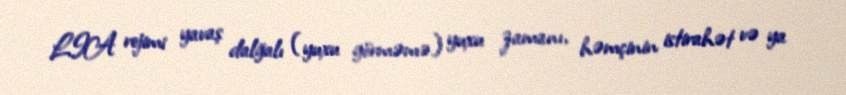
LIA rejimi yavaş dalğalı (yuxu görməmə) yuxu zamanı, həmçinin istirahət və ya